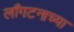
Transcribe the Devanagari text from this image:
लाँगटनाच्या